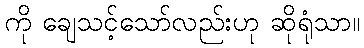
ကို ချေသင့်သော်လည်းဟု ဆိုရုံသာ။